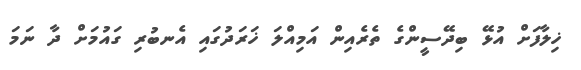
ޚިލާފަށް އުޅޭ ބިދޭސީންގެ ތެރެއިން އަމިއްލަ ޚަރަދުގައި އެނބުރި ގައުމަށް ދާ ނަމަ